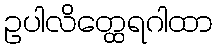
ဥပါလိတ္ထေရဂါထာ